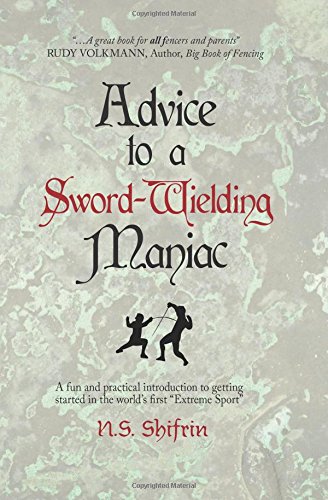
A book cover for Advice to a Sword-Wielding Maniac: A fun and practical introduction to getting started in the world's first "Extreme Sport"; N. S. Shifrin; Sports & Outdoors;